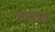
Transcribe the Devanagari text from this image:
डाएस